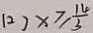
( 2 ) x \geq \frac { 1 4 } { 3 }